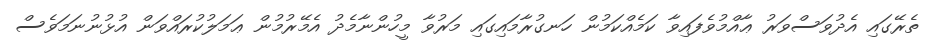
ތެރޭގައި އެދުވަސްވަރު ޢާއްމުވެފައިވާ ކަމެއްކަމުން ހަނގުރާމައިގައި މަރުވާ މީހުންނާމެދު އެމޭރުމުން ޢަމަލުކުރައްވަން އުޅުނުނަމަވެސް